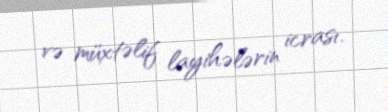
və müxtəlif layihələrin icrası.